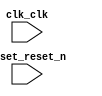
// de0cv.v

// Generated using ACDS version 14.0 200 at 2021.03.18.09:22:09

`timescale 1 ps / 1 ps
module de0cv (
		input  wire  clk_clk,       //   clk.clk
		input  wire  reset_reset_n  // reset.reset_n
	);

endmodule